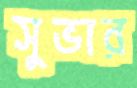
সুভার